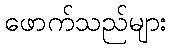
ဖောက်သည်များ